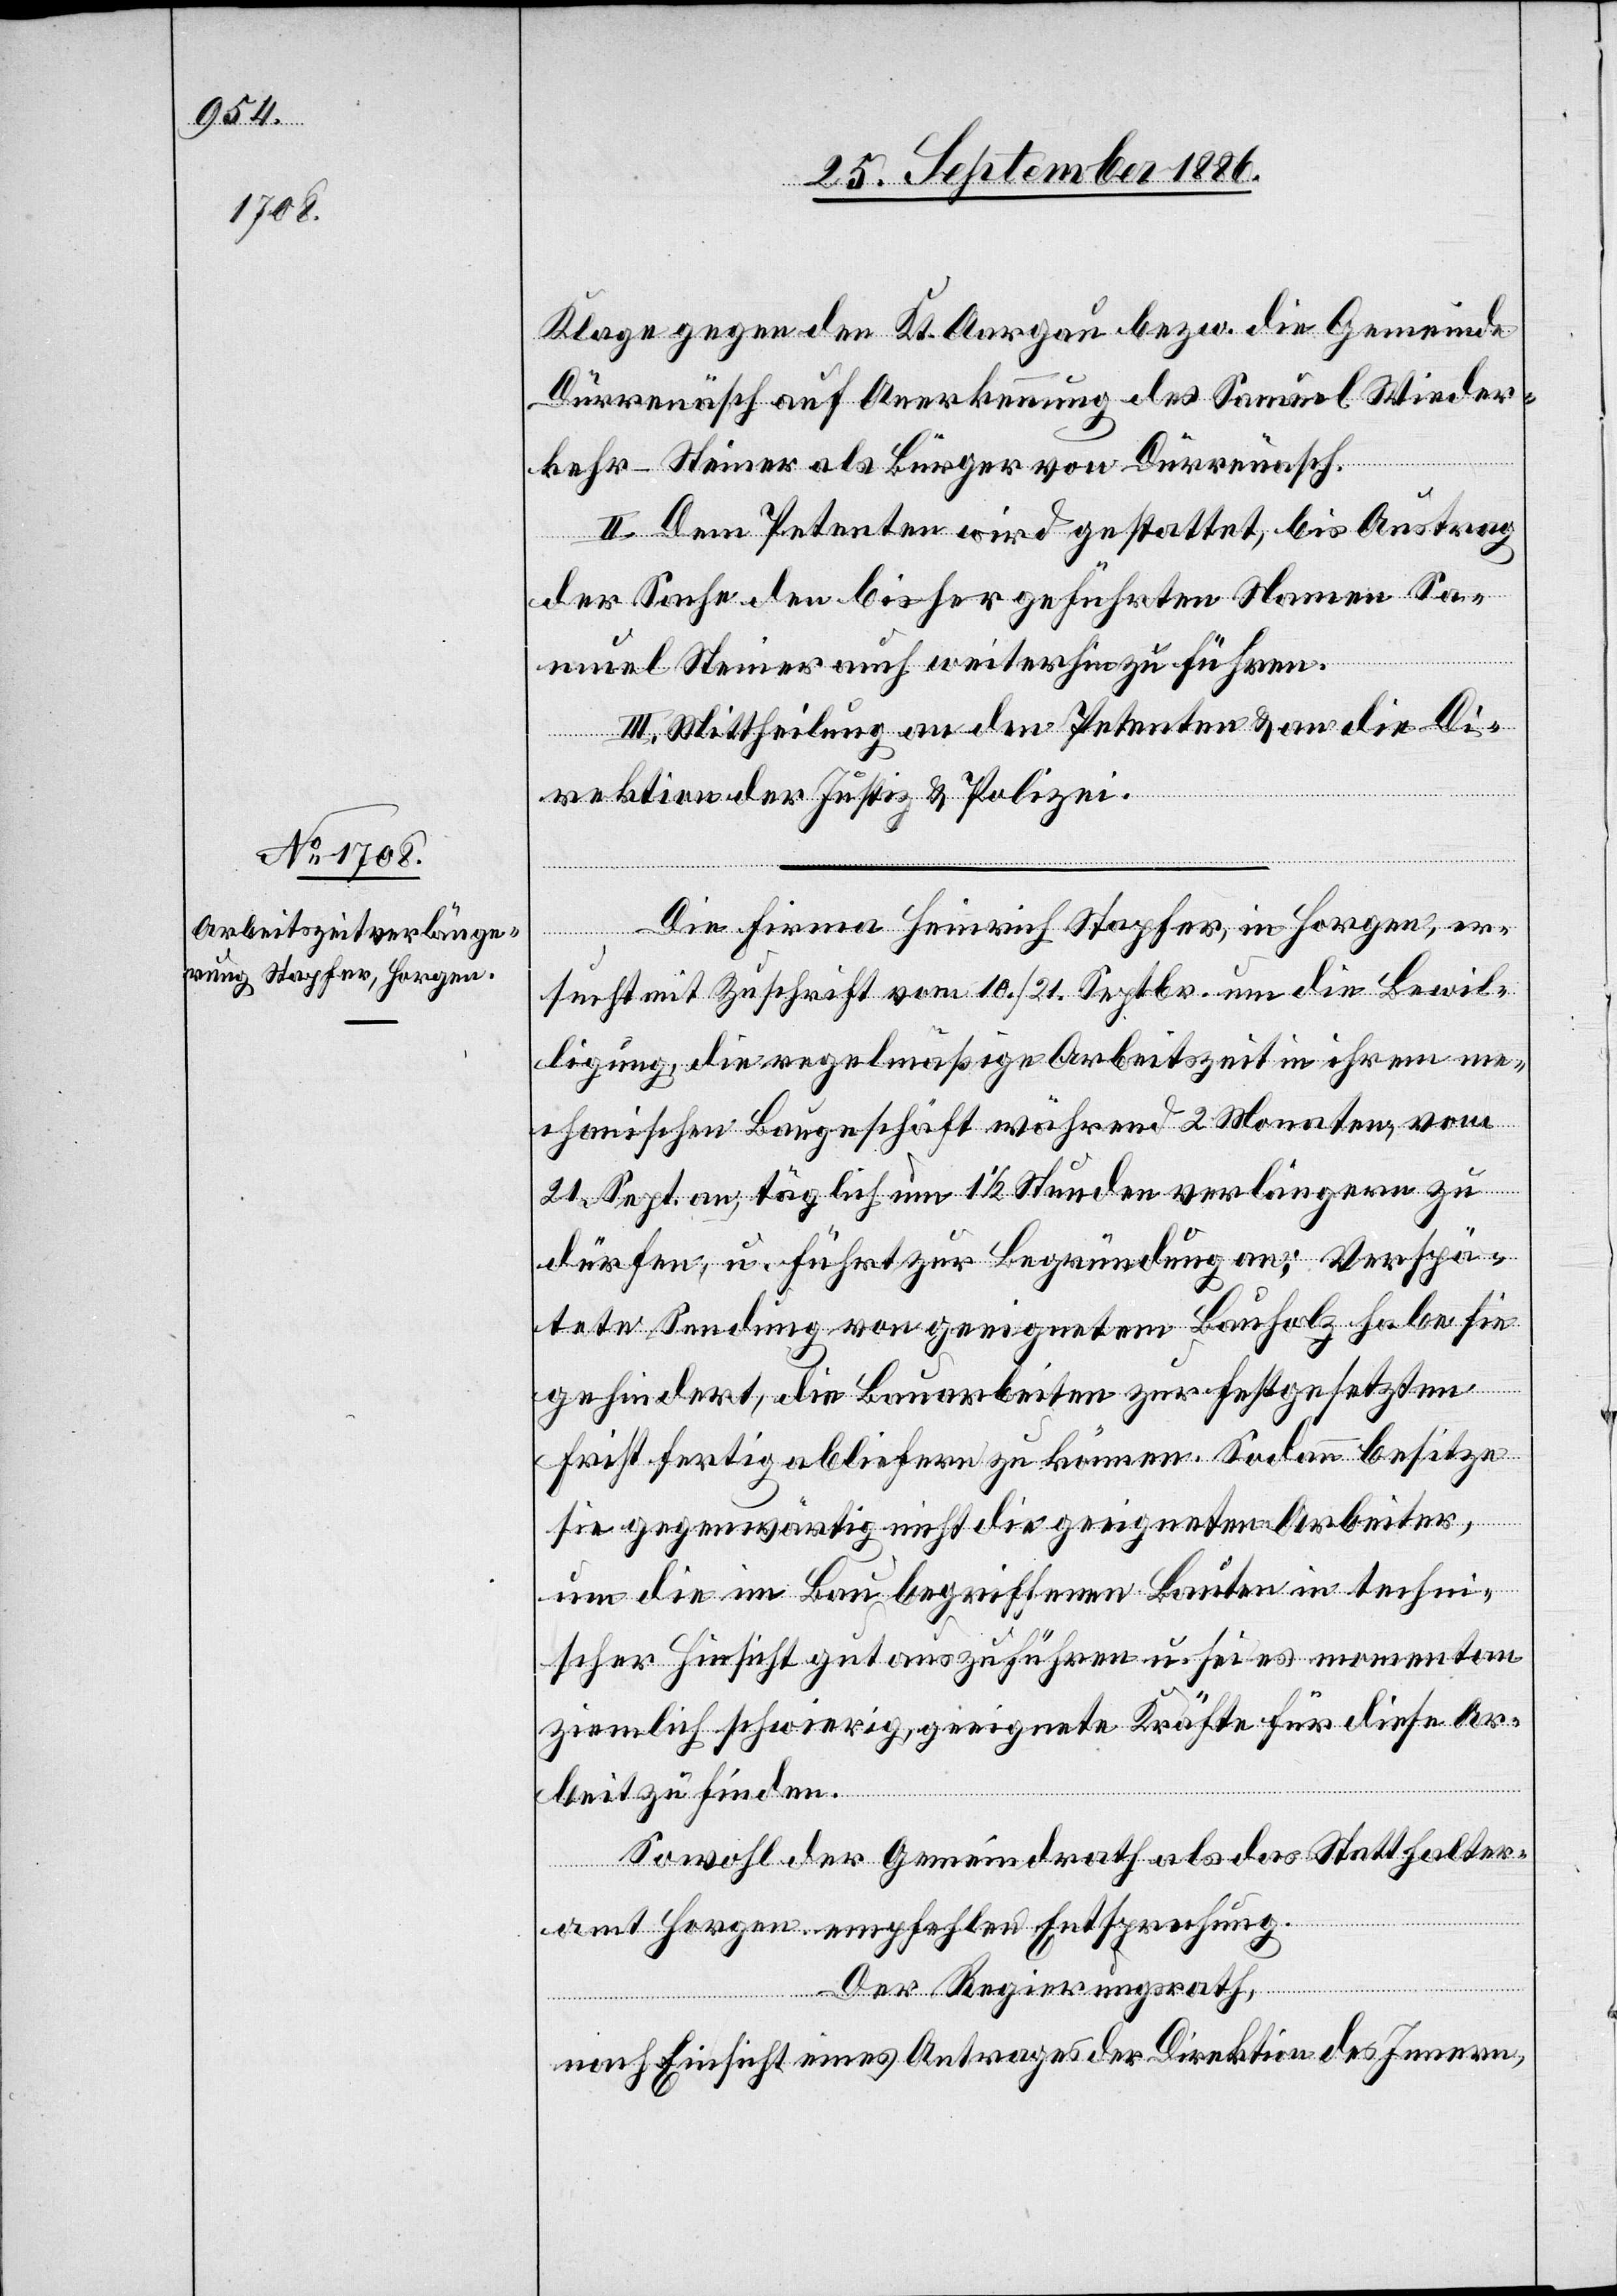
Klage gegen den Kt. Aargau bezw. die Gemeinde
Dürrenäsch auf Anerkennung des Samuel Wieder¬
kehr-Steiner als Bürger von Dürrenäsch.
II. Dem Petenten wird gestattet, bis Austrag
der Sache den bisher geführten Namen Sa¬
muel Steiner auch weiterhin zu führen.
III. Mittheilung an den Petenten & an die Di¬
rektion der Justiz & Polizei.
Die Firma Heinrich Stapfer, in Horgen, er¬
sucht mit Zuschrift vom 10./21. Septbr. um die Bewil¬
ligung, die regelmäßige Arbeitszeit in ihrem me¬
chanischen Baugeschäft während 2 Monaten, vom
21. Sept. an, täglich um 1 1/2 Stunden verlängern zu
dürfen, u. führt zur Begründung an: Verspä¬
tete Sendung von geeignetem Bauholz habe sie
gehindert, die Bauarbeiten zur festgesetzten
Frist fertig abliefern zu können. Sodann besitze
sie gegenwärtig nicht die geeigneten Arbeiter,
um die im Bau begriffenen Bauten in techni¬
scher Hinsicht gut auszuführen u. sei es momentan
ziemlich schwierig, geeignete Kräfte für diese Ar¬
beit zu finden.
Sowohl der Gemeindrath als das Statthalter¬
amt Horgen empfehlen Entsprechung.
Der Regierungsrath,
nach Einsicht eines Antrages der Direktion des Innern,